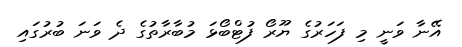
އޭނާ ވަނީ މި ފަހަރުގެ ޔޫރޯ ފުޓްބޯޅަ މުބާރާތުގެ ދެ ވަނަ ބުރުގައި